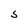
Character: S